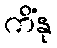
ကိံနု